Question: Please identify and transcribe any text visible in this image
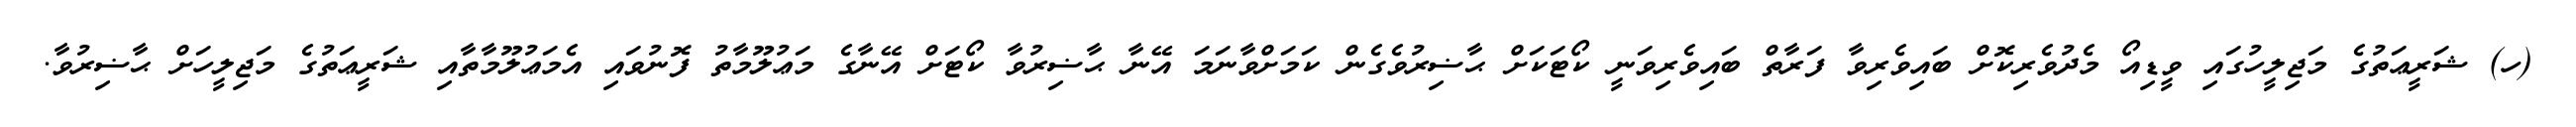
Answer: (ހ) ޝަރީޢަތުގެ މަޖިލީހުގައި ވީޑިއޯ މެދުވެރިކޮށް ބައިވެރިވާ ފަރާތް ބައިވެރިވަނީ ކޯޓަކަށް ޙާޟިރުވެގެން ކަމަށްވާނަމަ އޭނާ ޙާޟިރުވާ ކޯޓަށް އޭނާގެ މަޢުލޫމާތު ފޮނުވައި އެމަޢުލޫމާތާއި ޝަރީޢަތުގެ މަޖިލީހަށް ޙާޟިރުވާ.